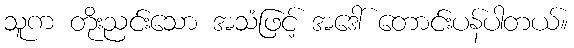
သူက တိုးညင်းသော အသံဖြင့် အဒေါ် တောင်းပန်ပါတယ်။